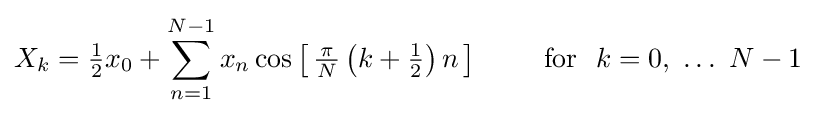
X_{k}={\tfrac {1}{2}}x_{0}+\sum _{n=1}^{N-1}x_{n}\cos \left[\,{\tfrac {\,\pi \,}{N}}\left(k+{\tfrac {1}{2}}\right)n\,\right]\qquad {\text{ for }}~k=0,\ \ldots \ N-1~